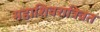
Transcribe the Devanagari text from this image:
महाशिवरात्रिव्रत